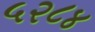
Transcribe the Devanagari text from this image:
५२८४